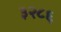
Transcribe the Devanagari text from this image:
३२८६